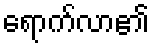
ရောက်လာ၏